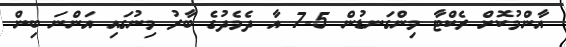
އާންމުކޮށް ރެކްޓާ މިންގަނޑުން 5-7 އާ ދެމެދުގެ ބާރު މިނުގައި އަންނަ ބިން